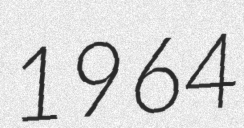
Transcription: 1964